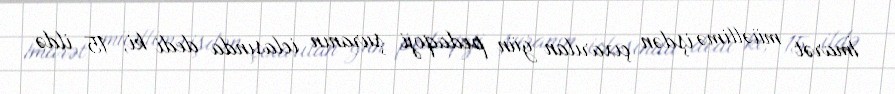
İmarət müəllimə işdən çıxarılan gün pedaqoji şuranın iclasında dedi ki, 15 ildə